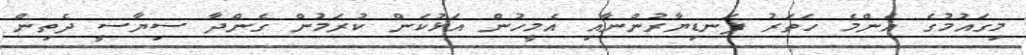
މިގައުމުގެ އެންމެ ހަތަރު ފަނޑިޔާރުންނާއި އެމީހުން އަޅުކަން ކުރަމުން ގެންދާ ސިޔާސީ ދެތިން